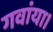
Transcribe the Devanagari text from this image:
गवांया।